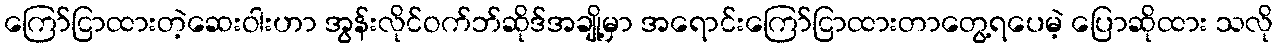
ကြော်ငြာထားတဲ့ဆေးဝါးဟာ အွန်းလိုင်ဝက်ဘ်ဆိုဒ်အချို့မှာ အရောင်းကြော်ငြာထားတာတွေ့ရပေမဲ့ ပြောဆိုထား သလို